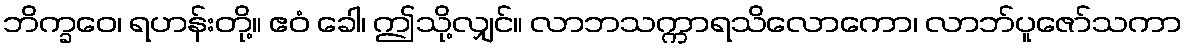
ဘိက္ခဝေ၊ ရဟန်းတို့။ ဧဝံ ခေါ၊ ဤသို့လျှင်။ လာဘသက္ကာရသိလောကော၊ လာဘ်ပူဇော်သကာ